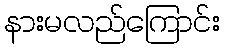
နားမလည်ကြောင်း